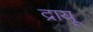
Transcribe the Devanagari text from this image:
द्रायू